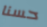
حسنا